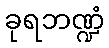
ခုရဘဏ္ဍံ